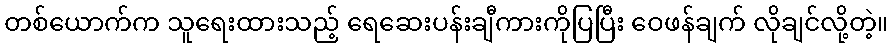
တစ်ယောက်က သူရေးထားသည့် ရေဆေးပန်းချီကားကိုပြပြီး ဝေဖန်ချက် လိုချင်လို့တဲ့။